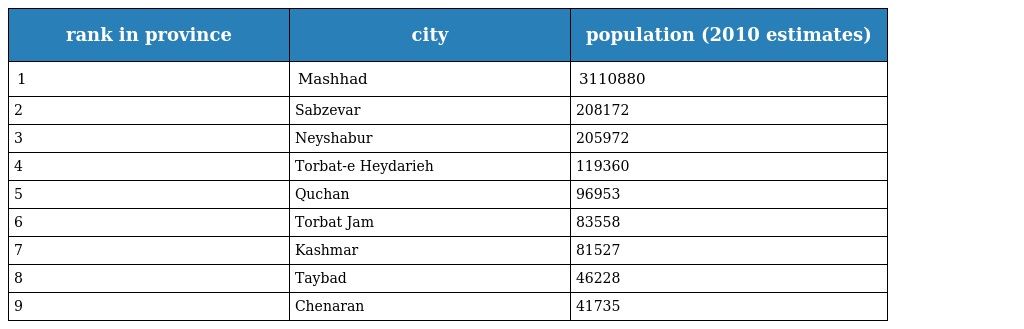
| rank in province | city | population (2010 estimates) |
 | --- | --- | --- |
 | 1 | Mashhad | 3110880 |
 | 2 | Sabzevar | 208172 |
 | 3 | Neyshabur | 205972 |
 | 4 | Torbat-e Heydarieh | 119360 |
 | 5 | Quchan | 96953 |
 | 6 | Torbat Jam | 83558 |
 | 7 | Kashmar | 81527 |
 | 8 | Taybad | 46228 |
 | 9 | Chenaran | 41735 |